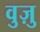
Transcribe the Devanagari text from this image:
वुज़ु